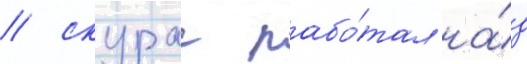
/ скурас рабо́тал на́д